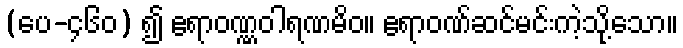
(ပေ-၄၆၀) ၍ ဧရာဝဏ္ဏဝါရဏမိဝ။ ဧရာဝဏ်ဆင်မင်းကဲ့သို့သော။